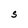
Character: S